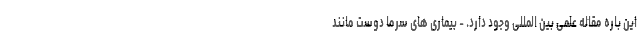
این باره مقاله علمی بین المللی وجود دارد. - بیماری های سرما دوست مانند